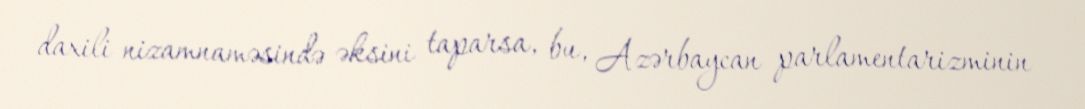
daxili nizamnaməsində əksini taparsa, bu, Azərbaycan parlamentarizminin